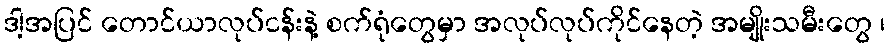
ဒါ့အပြင် တောင်ယာလုပ်ငန်းနဲ့ စက်ရုံတွေမှာ အလုပ်လုပ်ကိုင်နေတဲ့ အမျိုးသမီးတွေ ၊